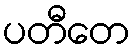
ပတီတေ